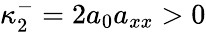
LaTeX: \kappa_{2}^{-}=2a_{0}a_{xx}>0